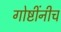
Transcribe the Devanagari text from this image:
गोष्टींनीच